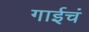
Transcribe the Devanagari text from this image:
गाईचं